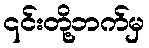
၎င်းတို့ဘက်မှ